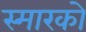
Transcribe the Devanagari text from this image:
स्मारको